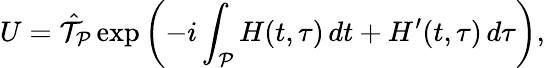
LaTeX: U=\hat{\cal T}_{\cal P}\exp\left(-i\int_{\cal P}H(t,\tau)\, dt+H^{\prime}(t,\tau)\, d\tau\right),